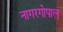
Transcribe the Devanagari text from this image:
नागरगोपाल